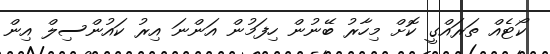
ކޯޓެއް ތަރައްގީ ކޮށް މިހާރު ބޭނުން ހިފަމުން އަންނަ އިރު ކައުންސިލް އިން